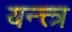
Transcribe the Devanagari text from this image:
यन्त्त्त्र